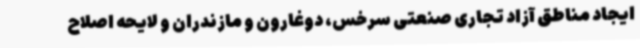
ایجاد مناطق آزاد تجاری صنعتی سرخس، دوغارون و مازندران و لایحه اصلاح